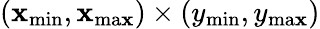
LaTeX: (\mathbf{x}_{\mathrm{{min}}},\mathbf{x}_{\mathrm{{ma\mathbf{x}}}})\times(y_{\mathrm{{min}}},y_{\mathrm{{ma\mathbf{x}}}})